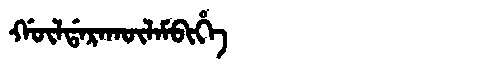
Manchu: ᡤᡡᠯᡩᠠᡵᠠᡴᡡᠯᠠᠮᠪᡳᡥᡝ
Romanization: GŪLDARAKŪLAMBIHE